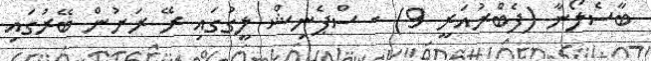
ބާސެލޯނާ (ފެބްރުއަރީ 9) - ސްޕެނިޝް ލީގުގައި ރޭ ރަށުން ބޭރުގައި